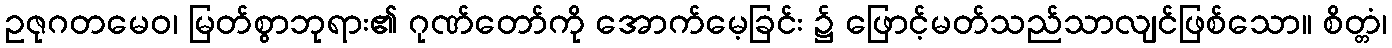
ဥဇုဂတမေဝ၊ မြတ်စွာဘုရား၏ ဂုဏ်တော်ကို အောက်မေ့ခြင်း ၌ ဖြောင့်မတ်သည်သာလျင်ဖြစ်သော။ စိတ္တံ၊